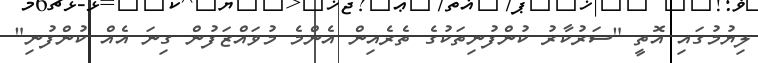
ލިޔުމުގައި އޮތީ "ސަރުކާރު ކުންފުނިތަކުގެ ތެރެއިން އެންމެ މުވައްޒަފުން ގިނަ އެއް ކުންފުނި"